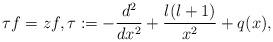
LaTeX: \begin{align*}\tau f= z f,\tau := - \frac{d^2}{dx^2} + \frac{l(l+1)}{x^2} + q(x),\end{align*}